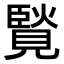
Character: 𧡼